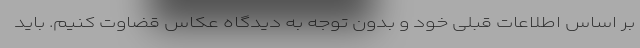
بر اساس اطلاعات قبلی خود و بدون توجه به دیدگاه عکاس قضاوت کنیم. باید